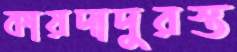
কায়দাদুরস্ত